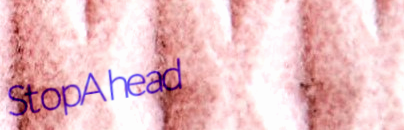
StopAhead